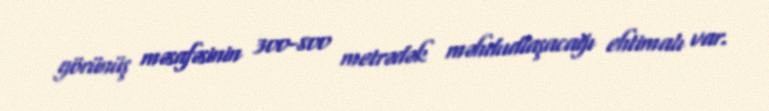
görünüş məsafəsinin 300-800 metrədək məhdudlaşacağı ehtimalı var.